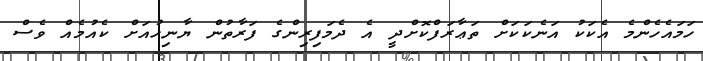
ހަމައެހެންމެ އެކަކު އަނެކަކަށް ތަޢާރަފްކޮށްދީ އެ ދެމަފިރިންގެ ފަރާތުން ޔާނިހުއަށް ކެއުމެއް ވެސް